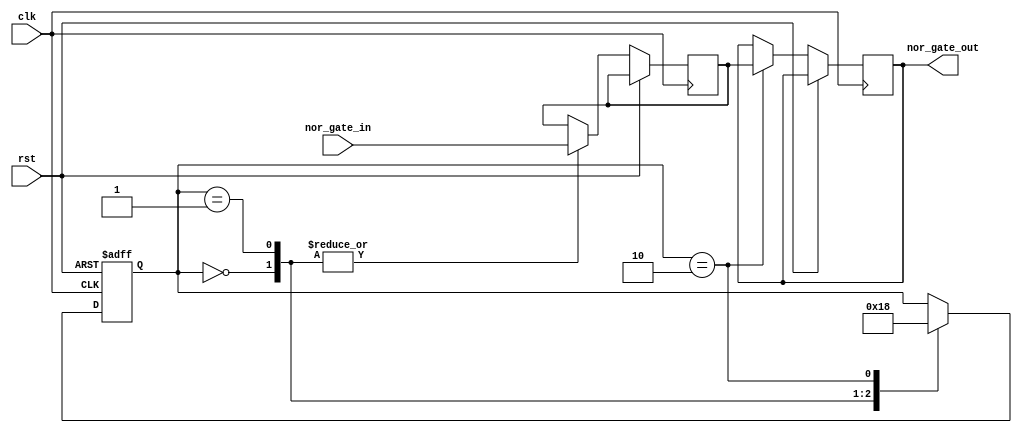
module nor_gate_delay (
    input wire clk,
    input wire rst,
    
    input wire nor_gate_in,
    output reg nor_gate_out
);

reg nor_gate_delayed;
reg [1:0] state;

always @ (posedge clk or posedge rst) begin
    if (rst) begin
        state <= 2'b00;
    end else begin
        case (state)
            2'b00: begin
                nor_gate_delayed <= nor_gate_in;
                state <= 2'b01;
            end
            2'b01: begin
                nor_gate_delayed <= nor_gate_in;
                state <= 2'b10;
            end
            2'b10: begin
                nor_gate_out <= nor_gate_delayed;
                state <= 2'b00;
            end
        endcase
    end
end

endmodule